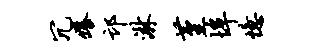
冗痒邙淋堇埠忆